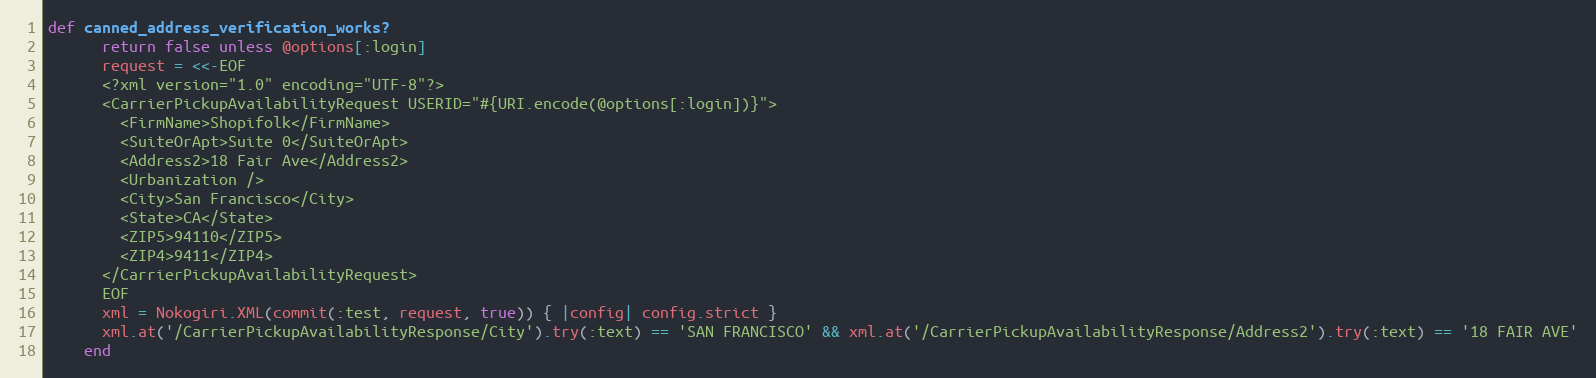
Language: Ruby
def canned_address_verification_works?
      return false unless @options[:login]
      request = <<-EOF
      <?xml version="1.0" encoding="UTF-8"?>
      <CarrierPickupAvailabilityRequest USERID="#{URI.encode(@options[:login])}">
        <FirmName>Shopifolk</FirmName>
        <SuiteOrApt>Suite 0</SuiteOrApt>
        <Address2>18 Fair Ave</Address2>
        <Urbanization />
        <City>San Francisco</City>
        <State>CA</State>
        <ZIP5>94110</ZIP5>
        <ZIP4>9411</ZIP4>
      </CarrierPickupAvailabilityRequest>
      EOF
      xml = Nokogiri.XML(commit(:test, request, true)) { |config| config.strict }
      xml.at('/CarrierPickupAvailabilityResponse/City').try(:text) == 'SAN FRANCISCO' && xml.at('/CarrierPickupAvailabilityResponse/Address2').try(:text) == '18 FAIR AVE'
    end